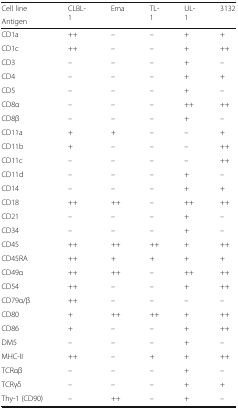
<table><thead><tr><td><b>Cell line</b></td><td rowspan="2"><b>CLBL-1</b></td><td rowspan="2"><b>Ema</b></td><td rowspan="2"><b>TL-1</b></td><td rowspan="2"><b>UL-1</b></td><td rowspan="2"><b>3132</b></td></tr><tr><td><b>Antigen</b></td></tr></thead><tbody><tr><td>CD1a</td><td>++</td><td>–</td><td>–</td><td>+</td><td>+</td></tr><tr><td>CD1c</td><td>++</td><td>–</td><td>–</td><td>+</td><td>++</td></tr><tr><td>CD3</td><td>–</td><td>–</td><td>–</td><td>+</td><td>–</td></tr><tr><td>CD4</td><td>–</td><td>–</td><td>–</td><td>+</td><td>+</td></tr><tr><td>CD5</td><td>–</td><td>–</td><td>–</td><td>+</td><td>–</td></tr><tr><td>CD8α</td><td>–</td><td>–</td><td>–</td><td>++</td><td>++</td></tr><tr><td>CD8β</td><td>–</td><td>–</td><td>–</td><td>+</td><td>–</td></tr><tr><td>CD11a</td><td>+</td><td>+</td><td>–</td><td>–</td><td>+</td></tr><tr><td>CD11b</td><td>+</td><td>–</td><td>–</td><td>–</td><td>++</td></tr><tr><td>CD11c</td><td>–</td><td>–</td><td>–</td><td>–</td><td>++</td></tr><tr><td>CD11d</td><td>–</td><td>–</td><td>–</td><td>+</td><td>–</td></tr><tr><td>CD14</td><td>–</td><td>–</td><td>–</td><td>+</td><td>+</td></tr><tr><td>CD18</td><td>++</td><td>++</td><td>–</td><td>++</td><td>++</td></tr><tr><td>CD21</td><td>–</td><td>–</td><td>–</td><td>+</td><td>–</td></tr><tr><td>CD34</td><td>–</td><td>–</td><td>–</td><td>+</td><td>–</td></tr><tr><td>CD45</td><td>++</td><td>++</td><td>++</td><td>+</td><td>++</td></tr><tr><td>CD45RA</td><td>++</td><td>+</td><td>+</td><td>+</td><td>+</td></tr><tr><td>CD49α</td><td>++</td><td>++</td><td>–</td><td>++</td><td>++</td></tr><tr><td>CD54</td><td>++</td><td>–</td><td>–</td><td>+</td><td>++</td></tr><tr><td>CD79α/β</td><td>++</td><td>–</td><td>–</td><td>–</td><td>–</td></tr><tr><td>CD80</td><td>+</td><td>++</td><td>++</td><td>+</td><td>++</td></tr><tr><td>CD86</td><td>+</td><td>–</td><td>–</td><td>+</td><td>++</td></tr><tr><td>DM5</td><td>–</td><td>–</td><td>–</td><td>+</td><td>–</td></tr><tr><td>MHC-II</td><td>++</td><td>–</td><td>+</td><td>+</td><td>++</td></tr><tr><td>TCRαβ</td><td>–</td><td>–</td><td>–</td><td>+</td><td>–</td></tr><tr><td>TCRγδ</td><td>–</td><td>–</td><td>–</td><td>+</td><td>+</td></tr><tr><td>Thy-1 (CD90)</td><td>–</td><td>++</td><td>–</td><td>+</td><td>–</td></tr></tbody></table>